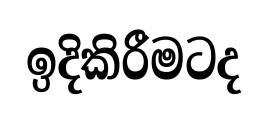
ඉදිකිරීමටද